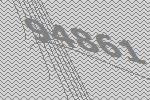
94861